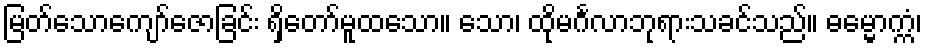
မြတ်သောကျော်ဇောခြင်း ရှိတော်မူထသော။ သော၊ ထိုမင်္ဂလာဘုရားသခင်သည်။ ဓမ္မောက္ကံ၊